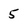
Character: 5